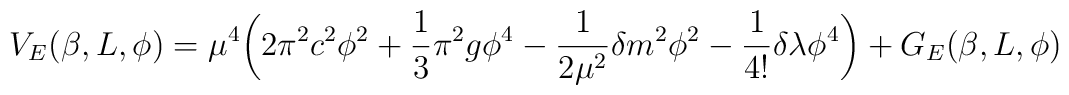
V_{E}(\beta,L,\phi)=\mu^{4}\biggl(2\pi^{2}c^{2}\phi^{2}+\frac{1}{3}\pi^{2}g\phi^{4}-\frac{1}{2\mu^{2}}\delta m^{2}\phi^{2}-\frac{1}{4!}\delta\lambda\phi^{4}\biggr)+G_{E}(\beta,L,\phi)